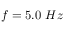
f = 5 . 0 \ H z